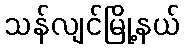
သန်လျင်မြို့နယ်